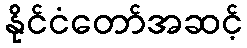
နိုင်ငံတော်အဆင့်